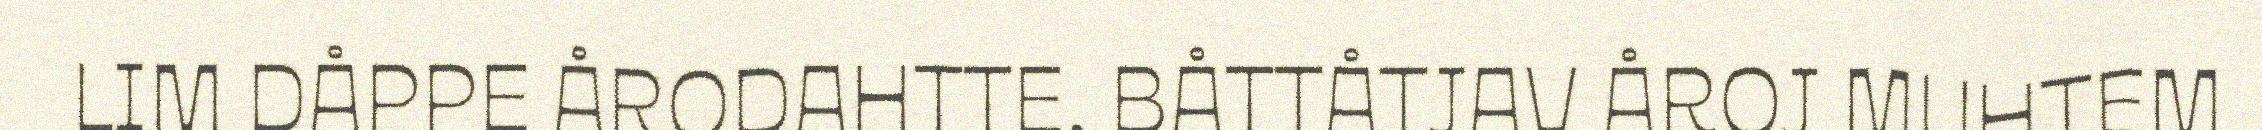
LIM DÅPPE ÅRODAHTTE. BÅTTÅTJAV ÅROJ MUHTEM